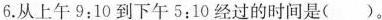
6.从上午9:10到下午5:10经过的时间是( )。